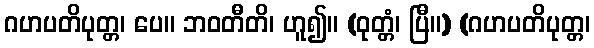
ဂဟပတိပုတ္တ၊ ပေ။ ဘဝတီတိ၊ ဟူ၍။ (ဝုတ္တံ၊ ပြီ။) (ဂဟပတိပုတ္တ၊